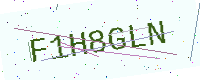
Text: F1H8GLN